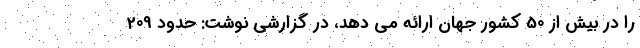
را در بیش از 50 کشور جهان ارائه می دهد، در گزارشی نوشت: حدود 209